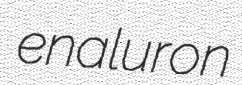
enaluron